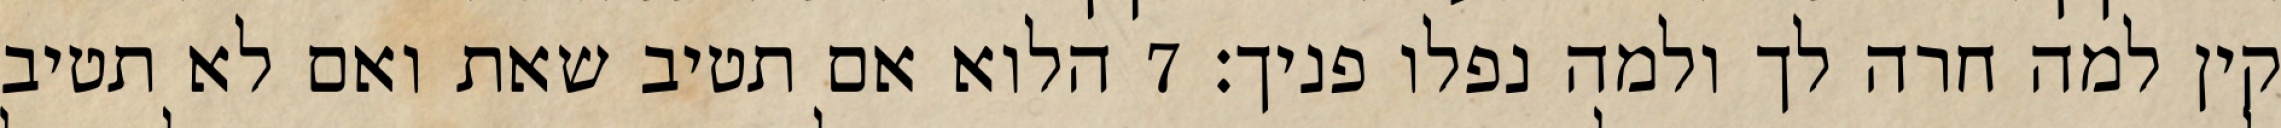
קין למה חרה לך ולמה נפלו פניך׃ ‎7‏ הלוא אם תטיב שאת ואם לא תטיב